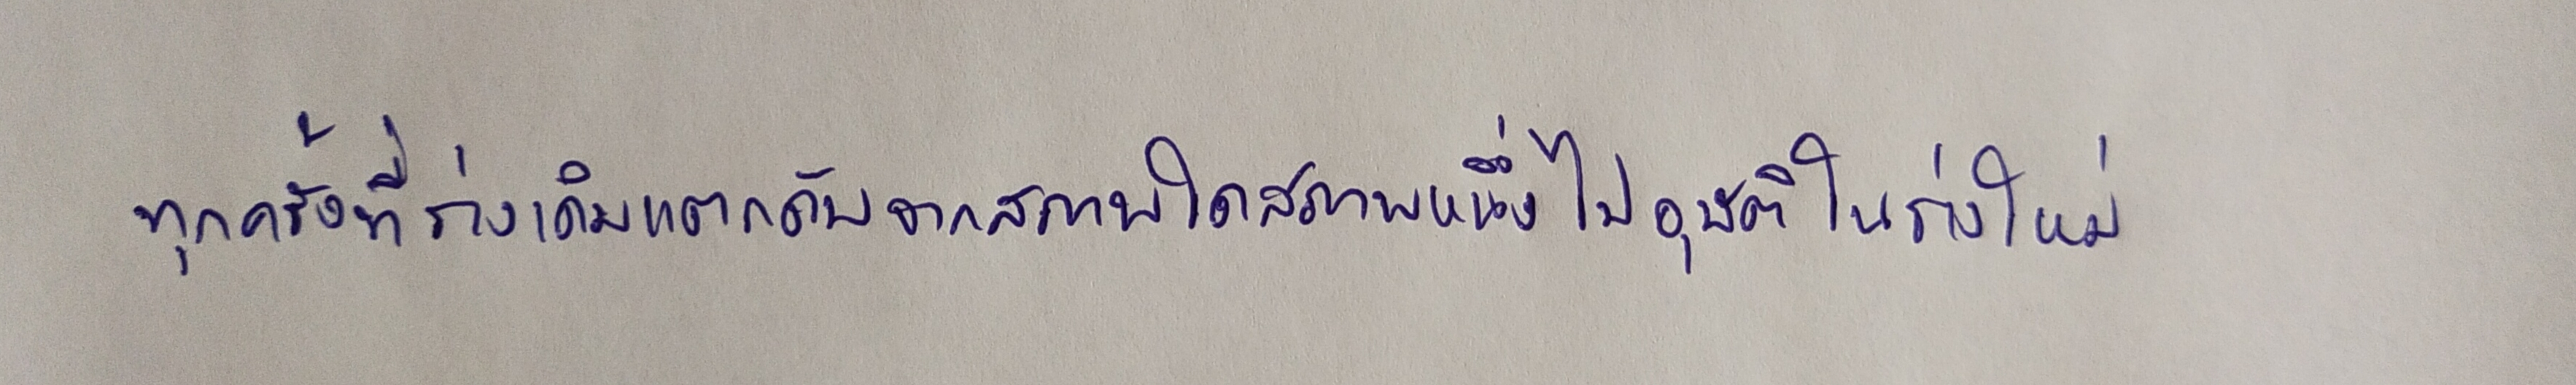
ทุกครั้งที่ร่างเดิมแตกดับจากสภาพใดสภาพหนึ่งไปอุบัติในร่างใหม่